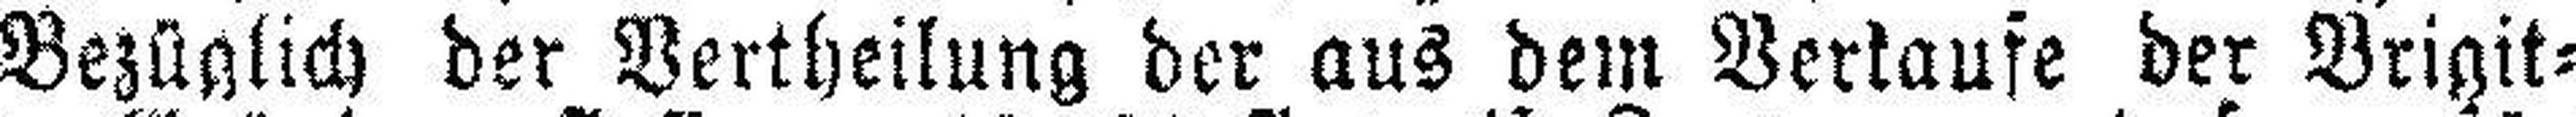
Bezüglich der Vertheilung der aus dem Verkaufe der Brigit¬